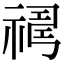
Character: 𥛇